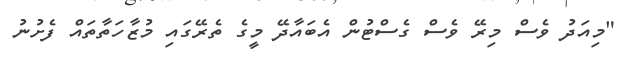
"މިއަދު ވެސް މިރޭ ވެސް ގެސްޓުން އެބައާދޭ މީގެ ތެރޭގައި މުޒާހަތާތައް ފެށުނު